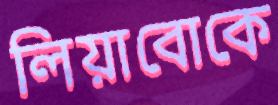
লিয়াবোকে